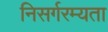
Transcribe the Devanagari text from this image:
निसर्गरम्यता